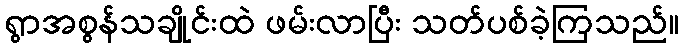
ရွာအစွန်သချိုင်းထဲ ဖမ်းလာပြီး သတ်ပစ်ခဲ့ကြသည်။